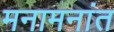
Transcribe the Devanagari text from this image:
मनामनांत